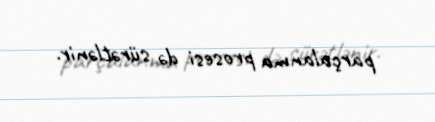
parçalanma prosesi də sürətlənir.